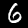
Label: 6